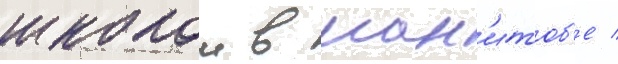
школои в ман'итоб'е /